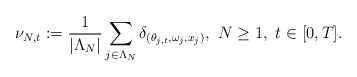
\begin{align*}\nu_{ N, t}:= \frac{1}{ \left\vert \Lambda_{N} \right\vert} \sum_{j\in\Lambda_{N}}\delta_{(\theta_{j,t}, \omega_{j}, x_{j})},\ N\geq 1,\ t\in[0, T].\end{align*}